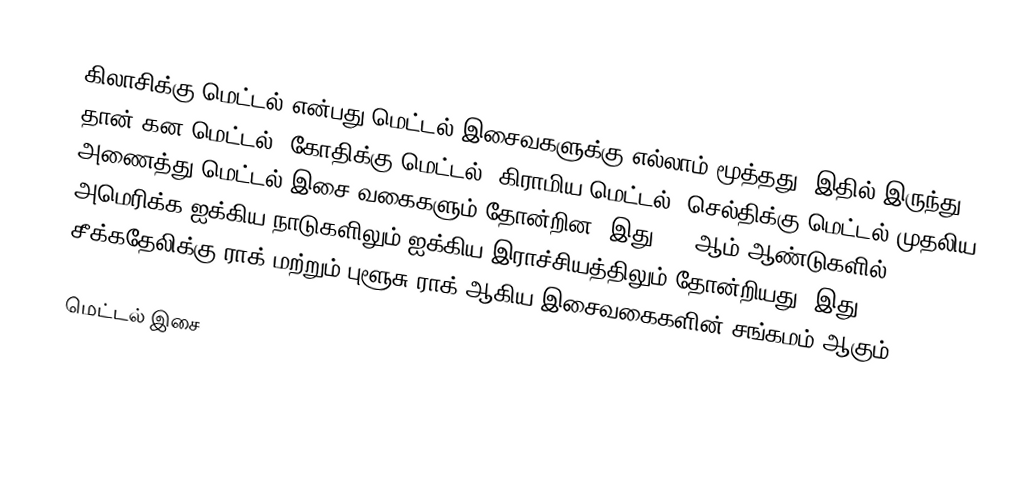
கிலாசிக்கு மெட்டல் என்பது மெட்டல் இசைவகளுக்கு எல்லாம் மூத்தது. இதில் இருந்து தான் கன மெட்டல், கோதிக்கு மெட்டல், கிராமிய மெட்டல், செல்திக்கு மெட்டல் முதலிய அணைத்து மெட்டல் இசை வகைகளும் தோன்றின. இது 1960ஆம் ஆண்டுகளில் அமெரிக்க ஐக்கிய நாடுகளிலும் ஐக்கிய இராச்சியத்திலும் தோன்றியது. இது சீக்கதேலிக்கு ராக் மற்றும் புளூசு ராக் ஆகிய இசைவகைகளின் சங்கமம் ஆகும்.

மெட்டல் இசை